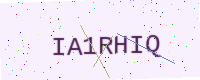
Text: IA1RHIQ